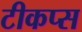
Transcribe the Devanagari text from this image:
टीकप्स